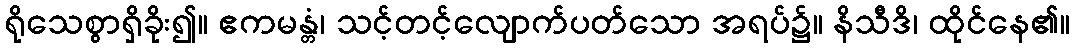
ရိုသေစွာရှိခိုး၍။ ဧကမန္တံ၊ သင့်တင့်လျောက်ပတ်သော အရပ်၌။ နိသီဒိ၊ ထိုင်နေ၏။